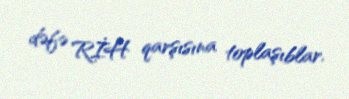
dəfə RİH qarşısına toplaşıblar.